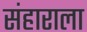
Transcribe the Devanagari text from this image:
संहाराला